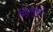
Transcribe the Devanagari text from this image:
विदुरकुटी